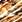
قد